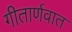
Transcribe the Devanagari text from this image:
गीतार्णवात